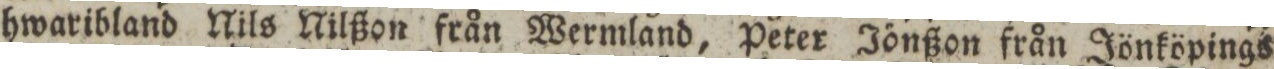
hwaribland Nils Nilßon från Wermland, Peter Jönßon från Jönköpings